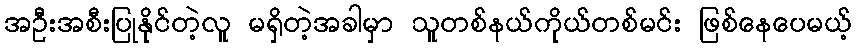
အဦးအစီးပြုနိုင်တဲ့လူ မရှိတဲ့အခါမှာ သူတစ်နယ်ကိုယ်တစ်မင်း ဖြစ်နေပေမယ့်